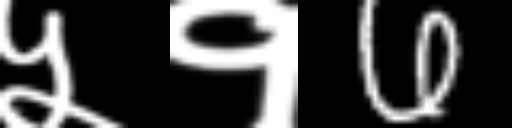
Text: ५१6